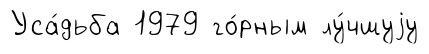
Уса́дьба 1979 го́рным лу́чшуjу